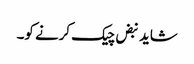
شاید نبض چیک کرنے کو۔